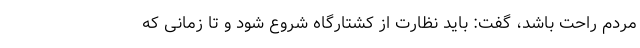
مردم راحت باشد، گفت: باید نظارت از کشتارگاه شروع شود و تا زمانی که